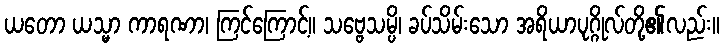
ယတော ယသ္မာ ကာရဏာ၊ ကြင်ကြောင့်။ သဗ္ဗေသမ္ပိ၊ ခပ်သိမ်းသော အရိယာပုဂ္ဂိုလ်တို့၏လည်း။